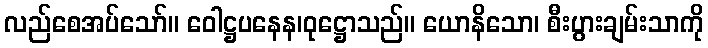
လည်စေအပ်သော်။ ဝေါဋ္ဌပနေန၊ဝုဋ္ဌောသည်။ ယောနိသော၊ စီးပွားချမ်းသာကို